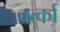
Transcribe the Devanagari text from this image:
बर्त्का